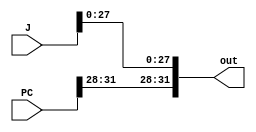
module concatJuPC(out, J, PC);
  input [31:0] J, PC;
  output [31:0] out;
  assign {out} = {{PC[31:28]}, {J[27:0]}};
endmodule

module TBconcat;
  reg [31:0] J, PC;
  wire [31:0] out;
  concatJuPC con(out, J, PC);
  initial begin
    $monitor($time, " PC = %b, JumpAddress = %b, Output = %b.", PC, J, out);
    #0  PC = 32'hFFFFFFFF; J = 32'h88000000;
    #20 PC = 32'h98765432; J = 32'h23456789;
    #100 $finish;
  end
endmodule